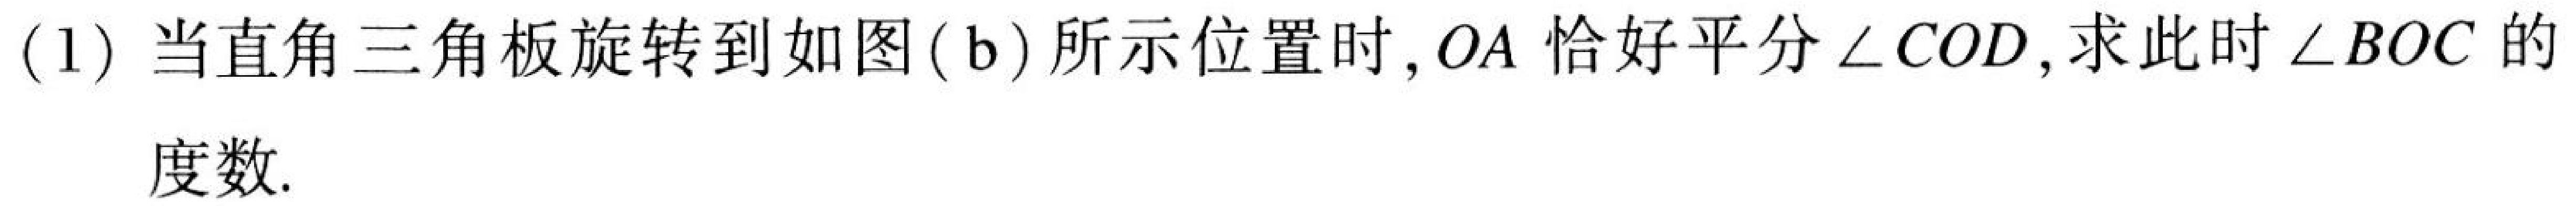
(1) 当直角三角板旋转到如图( b)所示位置时，\(OA\)恰好平分\(\angle COD\)，求此时\(\angle BOC\)的度数.